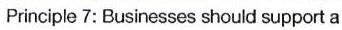
Principle 7: Businesses should support a